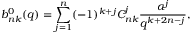
b _ { n k } ^ { 0 } ( q ) = \sum _ { j = 1 } ^ { n } ( - 1 ) ^ { k + j } C _ { n k } ^ { j } \frac { \alpha ^ { j } } { q ^ { k + 2 n - j } } ,